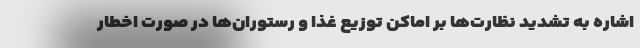
اشاره به تشدید نظارت‌ها بر اماکن توزیع غذا و رستوران‌ها در صورت اخطار